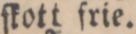
ſkott frie.